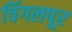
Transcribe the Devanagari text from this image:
चिंगलपूर